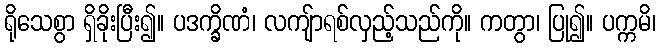
ရိုသေစွာ ရှိခိုးပြီး၍။ ပဒက္ခိဏံ၊ လကျ်ာရစ်လှည့်သည်ကို။ ကတွာ၊ ပြု၍။ ပက္ကမိ၊